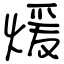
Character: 煖